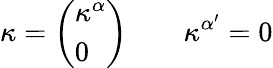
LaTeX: \kappa=\left(\begin{array}{l}{{\kappa^{\alpha}}}\\ {{0}}\end{array}\right)\qquad\kappa^{\alpha^{\prime}}=0